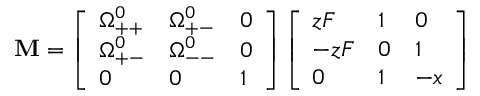
\mathbf { M } = \left[ \begin{array} { l l l } { \Omega _ { + + } ^ { 0 } } & { \Omega _ { + - } ^ { 0 } } & { 0 } \\ { \Omega _ { + - } ^ { 0 } } & { \Omega _ { -- } ^ { 0 } } & { 0 } \\ { 0 } & { 0 } & { 1 } \end{array} \right] \left[ \begin{array} { l l l } { z F } & { 1 } & { 0 } \\ { - z F } & { 0 } & { 1 } \\ { 0 } & { 1 } & { - x } \end{array} \right]